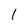
Character: 1